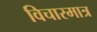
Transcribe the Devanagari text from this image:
विचारमात्र